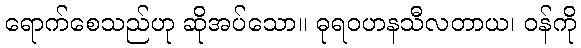
ရောက်စေသည်ဟု ဆိုအပ်သော။ ဓုရဝဟနသီလတာယ၊ ဝန်ကို